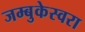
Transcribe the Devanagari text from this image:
जम्बुकेस्वरा